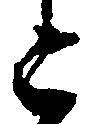
上